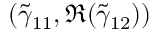
( \tilde { \gamma } _ { 1 1 } , \Re ( \tilde { \gamma } _ { 1 2 } ) )